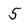
Character: 5